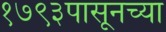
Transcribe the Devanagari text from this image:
१७९३पासूनच्या